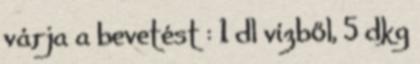
várja a bevetést : 1 dl vízből, 5 dkg